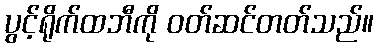
ပွင့်ရိုက်ထဘီကို ဝတ်ဆင်တတ်သည်။